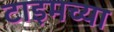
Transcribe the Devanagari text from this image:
टाइमच्या